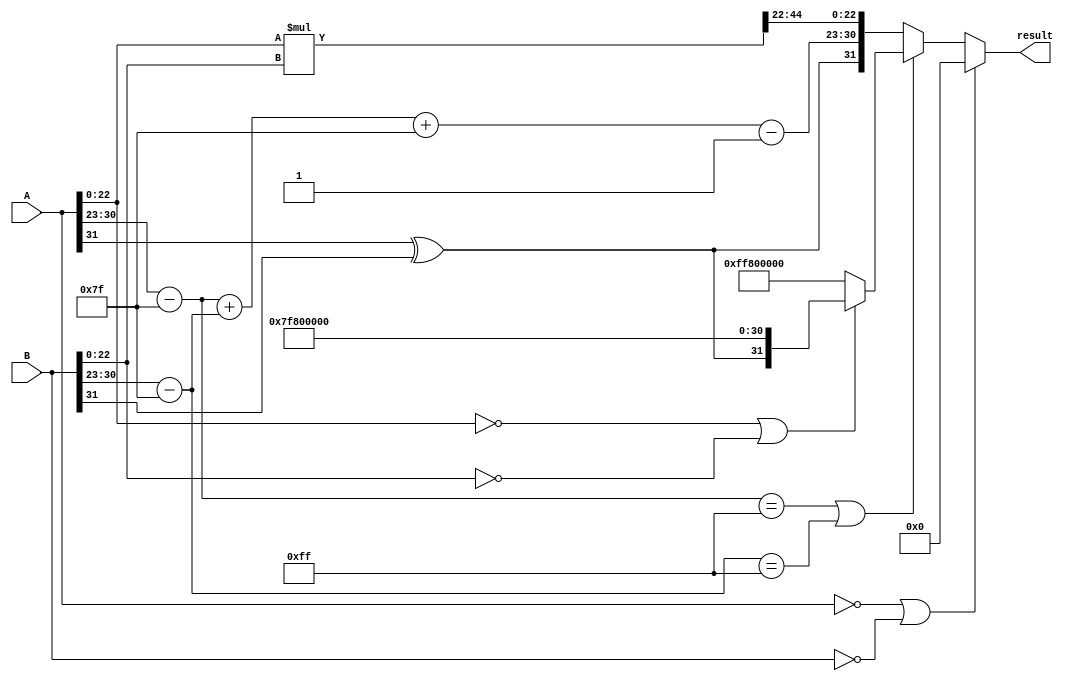
module floating_point_multiplier (
    input [31:0] A, // First floating-point input
    input [31:0] B, // Second floating-point input
    output reg [31:0] result // Resulting floating-point output
);

    // Extract sign, exponent, and mantissa from A
    wire sign_A = A[31];
    wire [7:0] exp_A = A[30:23] - 8'd127; // Exponent with bias removed
    wire [22:0] mant_A = {1'b1, A[22:0]}; // Mantissa with implicit leading 1

    // Extract sign, exponent, and mantissa from B
    wire sign_B = B[31];
    wire [7:0] exp_B = B[30:23] - 8'd127; // Exponent with bias removed
    wire [22:0] mant_B = {1'b1, B[22:0]}; // Mantissa with implicit leading 1

    // Calculate sign of the result
    wire sign_result = sign_A ^ sign_B;

    // Calculate exponent of the result
    wire [8:0] exp_result = exp_A + exp_B + 8'd127; // Add bias back

    // Mantissa multiplication
    wire [46:0] mant_result = mant_A * mant_B; // Result is 46 bits

    // Normalize the mantissa and adjust the exponent
    reg [7:0] final_exp;
    reg [22:0] final_mant;
    reg normalized;
    
    always @(*) begin
        // Default values
        final_exp = exp_result[7:0];
        final_mant = mant_result[45:23]; // Take the upper 23 bits
        normalized = 1;

        // Check for normalization
        if (mant_result[46]) begin
            // Mantissa is already normalized
            final_mant = mant_result[45:23]; // Upper 23 bits
        end else begin
            // Mantissa is not normalized, shift right
            final_mant = mant_result[44:22]; // Shift right
            final_exp = final_exp - 1; // Decrement exponent
        end

        // Handle special cases
        if (A == 32'b0 || B == 32'b0) begin
            result = 32'b0; // Zero case
        end else if (exp_A == 8'd255 || exp_B == 8'd255) begin
            // Check for NaN or infinity
            if (mant_A == 23'b0 || mant_B == 23'b0) begin
                result = {sign_result, 8'd255, 23'b0}; // Infinity case
            end else begin
                result = {1'b1, 8'd255, 23'b0}; // NaN case
            end
        end else begin
            // Assemble the final result
            result = {sign_result, final_exp, final_mant};
        end
    end

endmodule